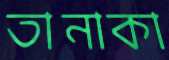
তানাকা